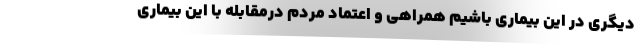
دیگری در این بیماری باشیم همراهی و اعتماد مردم درمقابله با این بیماری